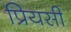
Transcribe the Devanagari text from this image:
प्रियसी